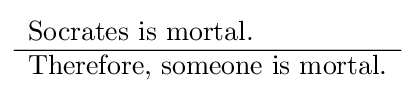
{\begin{array}{l}{\text{Socrates is mortal.}}\\\hline {\text{Therefore, someone is mortal.}}\end{array}}